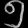
Digit: ၅